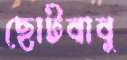
ছোটবাবু